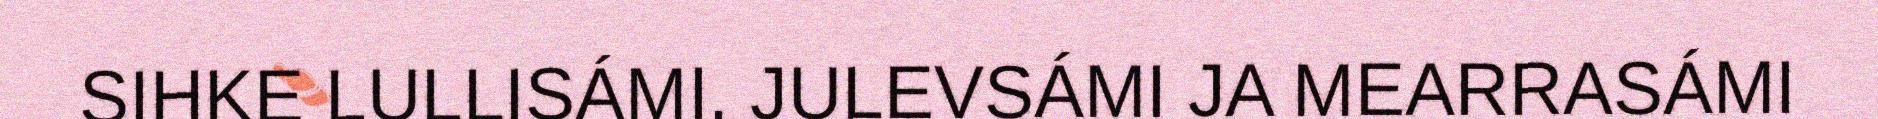
SIHKE LULLISÁMI, JULEVSÁMI JA MEARRASÁMI